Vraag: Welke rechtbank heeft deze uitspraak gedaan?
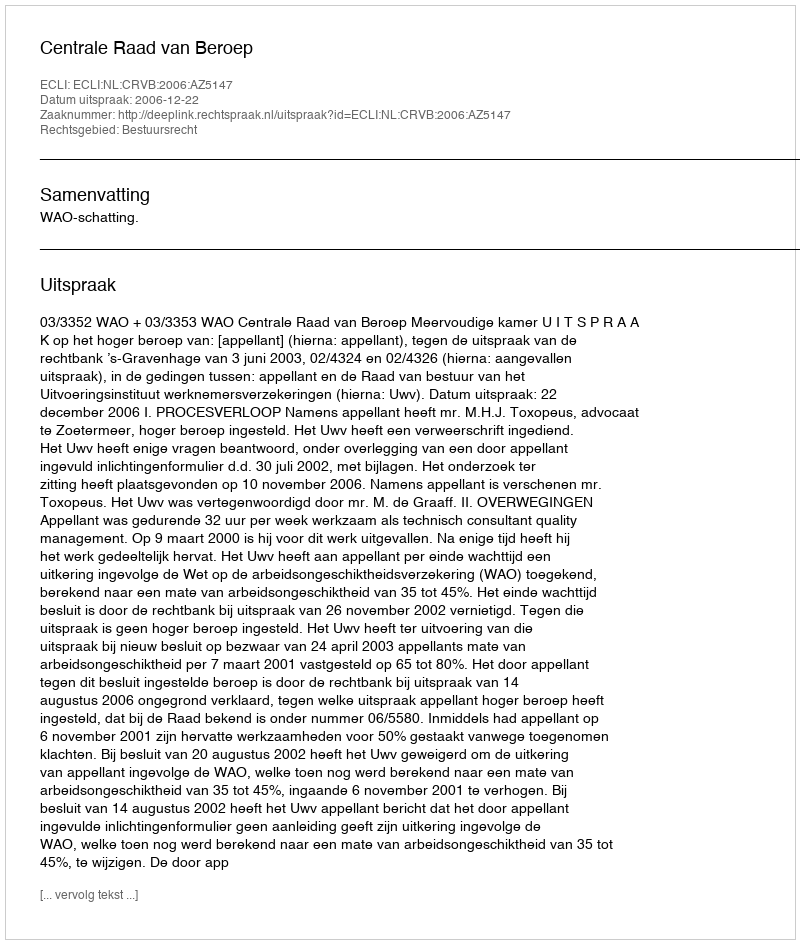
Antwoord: Centrale Raad van Beroep